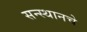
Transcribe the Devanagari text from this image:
सन्स्थानचे